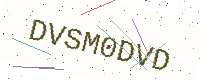
Text: DVSM0DVD